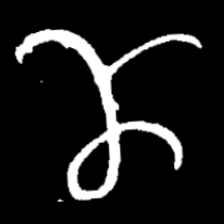
Pyu character \u2014 Myanmar letter: ဏ (romanized: nna)